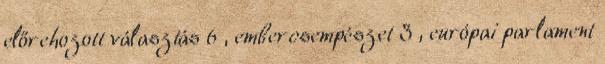
előrehozott választás 6 , embercsempészet 3 , európai parlament